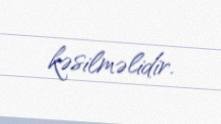
kəsilməlidir.